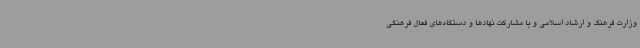
وزارت فرهنگ و ارشاد اسلامی و با مشارکت نهادها و دستگاه‌های فعال فرهنگی